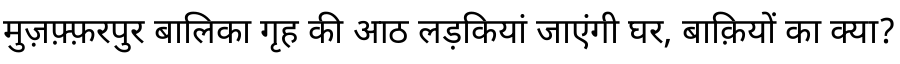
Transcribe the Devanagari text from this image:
मुज़फ़्फ़रपुर बालिका गृह की आठ लड़कियां जाएंगी घर, बाक़ियों का क्या?